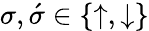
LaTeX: \sigma,\acute{\sigma}\in\{ \uparrow,\downarrow\}